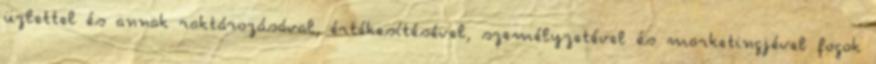
üzlettel és annak raktározásával, értékesítésével, személyzetével és marketingjével fogok